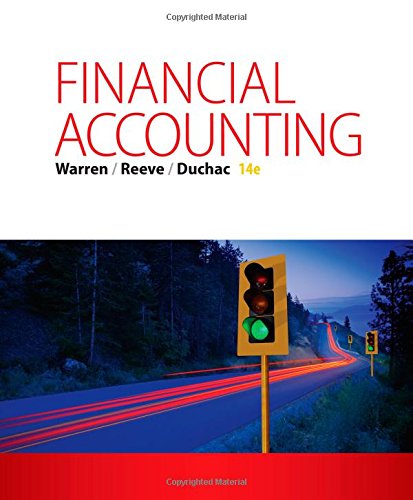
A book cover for Financial Accounting; Carl S. Warren; Business & Money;